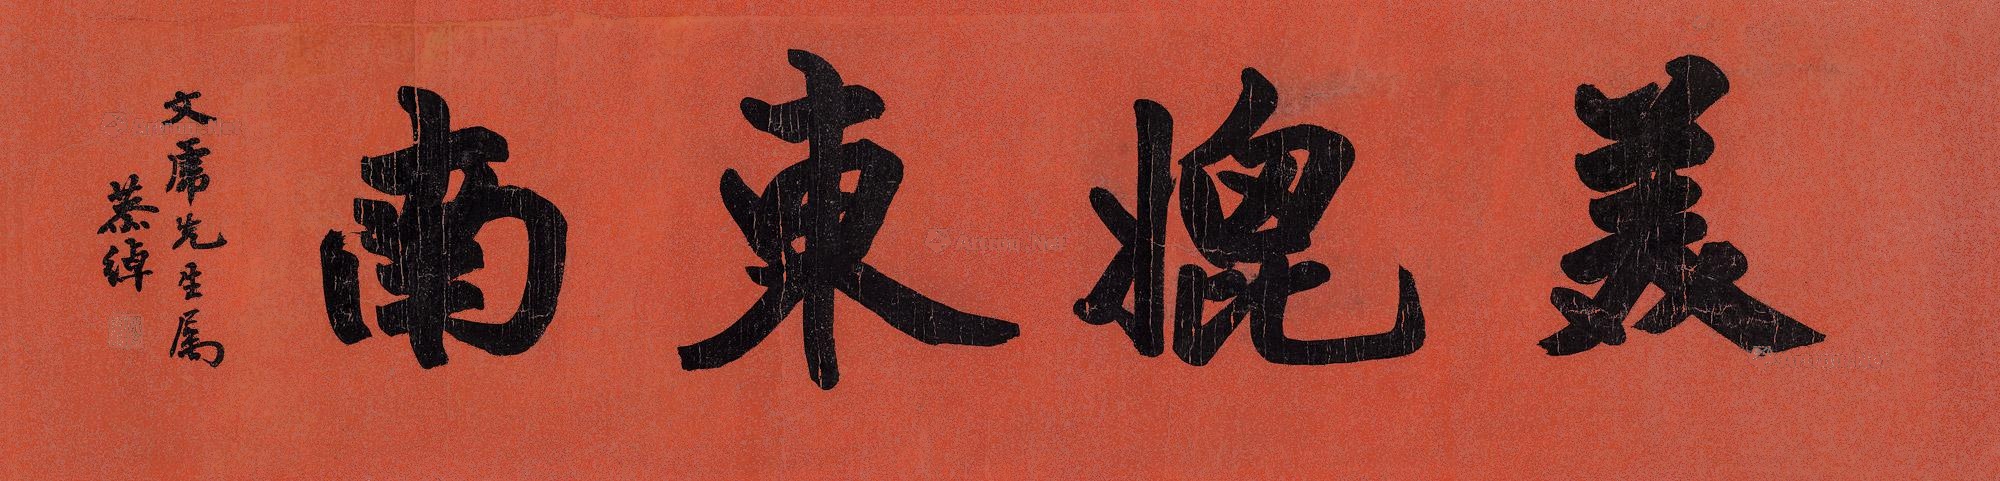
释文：美媲东南。文虎先生属，恭绰。